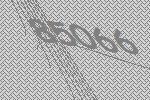
85066